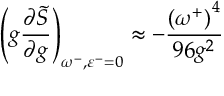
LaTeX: \left( g \frac { \partial \widetilde { S } } { \partial g } \right) _ { \omega ^ { - } , \varepsilon ^ { - } = 0 } \approx - \frac { \left( \omega ^ { + } \right) ^ { 4 } } { 9 6 g ^ { 2 } }